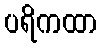
ပရိကထာ